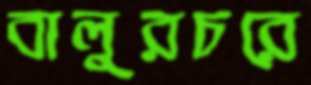
বালুরচরে